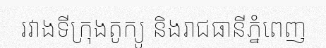
រវាងទីក្រុងតូក្យូ និងរាជធានីភ្នំពេញ